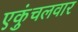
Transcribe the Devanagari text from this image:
एकुंचलवार